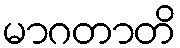
မာဂတာတိ